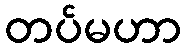
တပ်မဟာ